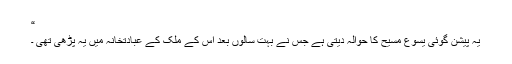
“
یہ پیشن گوئی یسوع مسیح کا حوالہ دیتی ہے جس نے بہت سالوں بعد اس کے ملک کے عبادتخانہ میں یہ پڑھی تھی ۔